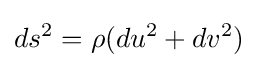
ds^{2}=\rho (du^{2}+dv^{2})